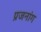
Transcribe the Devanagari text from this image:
प्रजनांग